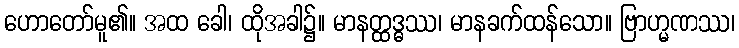
ဟောတော်မူ၏။ အထ ခေါ၊ ထိုအခါ၌။ မာနတ္ထဒ္ဓဿ၊ မာနခက်ထန်သော။ ဗြာဟ္မဏဿ၊